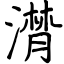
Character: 潸